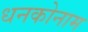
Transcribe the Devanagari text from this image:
धनकोनाम